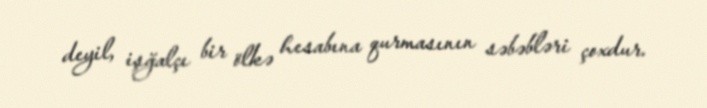
deyil, işğalçı bir ölkə hesabına qurmasının səbəbləri çoxdur.